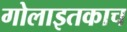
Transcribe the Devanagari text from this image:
गोलाइतकाच